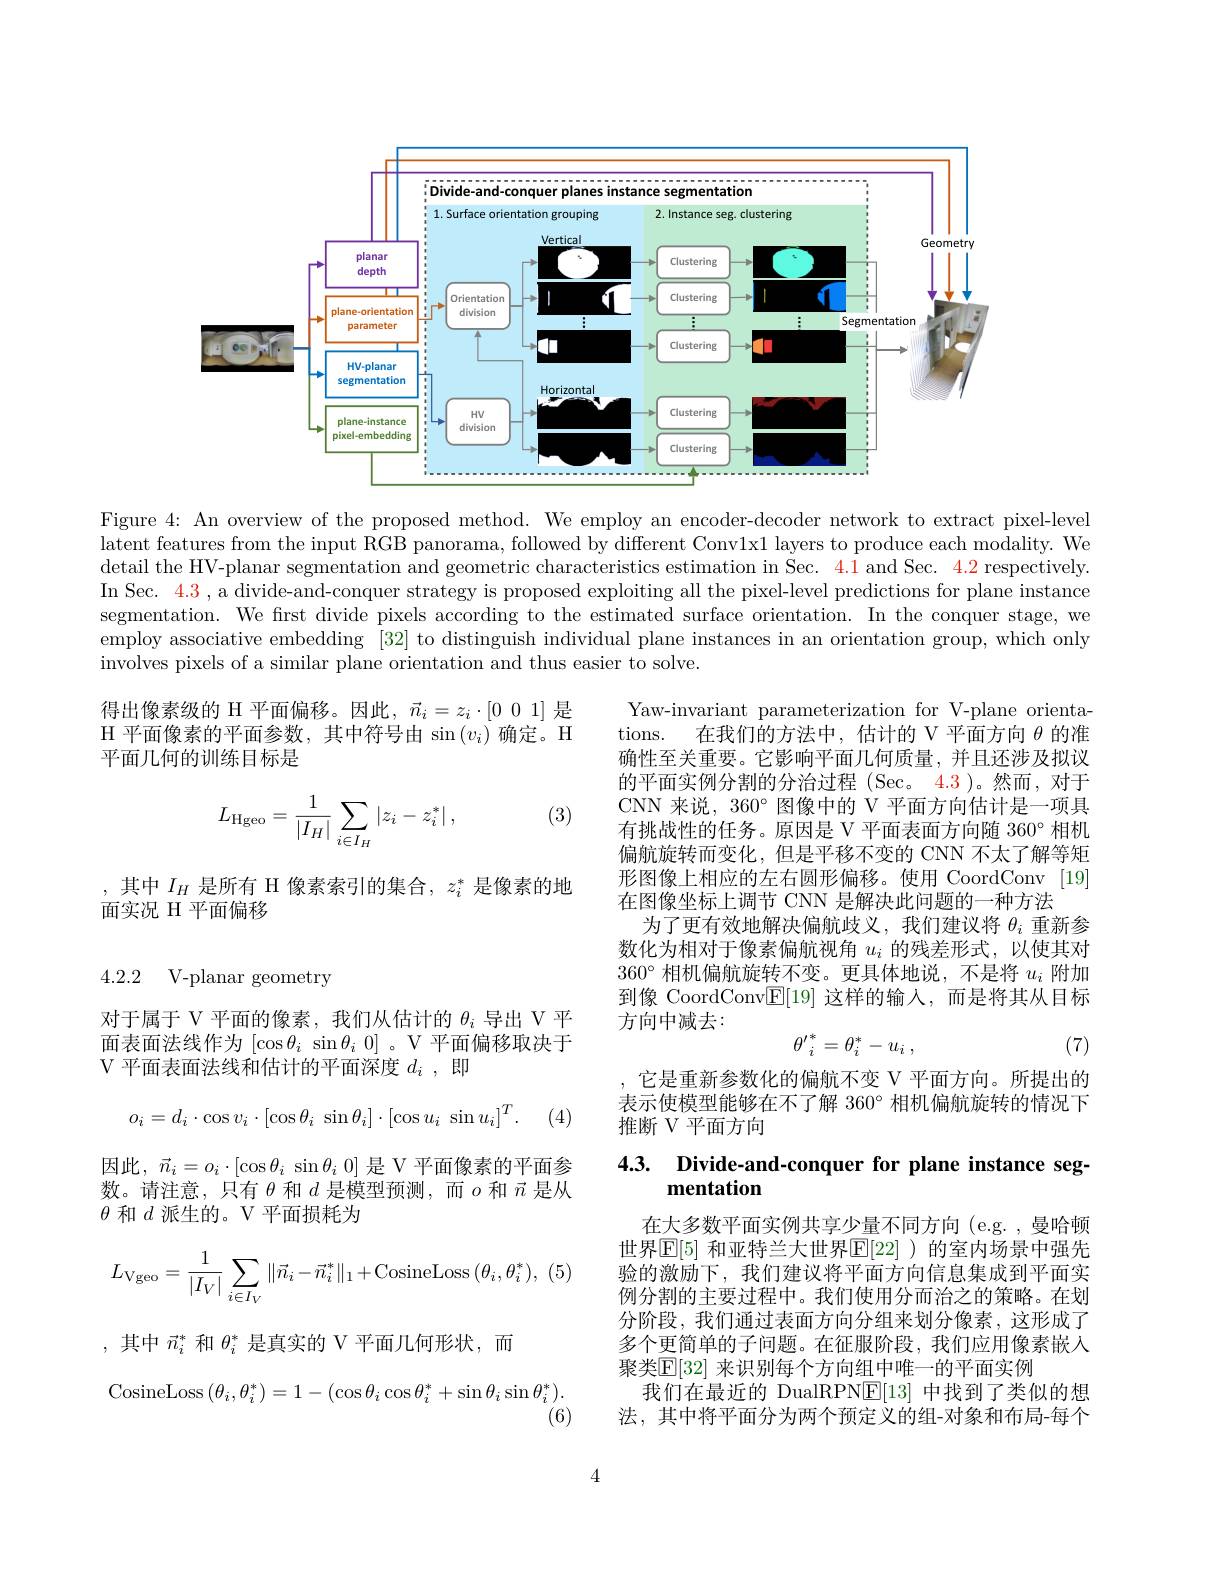
<FigureHere>

Figure 4: An overview of the proposed method. We employ an encoder-decoder network to extract pixel-level latent features from the input RGB panorama, followed by different Conv1x1 layers to produce each modality. We detail the HV-planar segmentation and geometric characteristics estimation in Sec. 4.1 and Sec. 4.2 respectively. In Sec. 4. 3 , a divide- and- conquer strategy is proposed exploiting all the pixel- level predictions for plane instance segmentation. We first divide pixels according to the estimated surface orientation. In the conquer stage, we employ associative embedding [32] to distinguish individual plane instances in an orientation group, which only involves pixels of a similar plane orientation and thus easier to solve.

得出像素级的 H 平面偏移。因此，$\vec{n}_i=z_i\cdot\begin{bmatrix}0&0&1\end{bmatrix}$是

$\mathcal{H}$ 平面像素的平面参数，其中符号由 $\sin\left(v_i\right)$确定。H

平面几何的训练目标是

(3)
$$L_{\text{Hgeo}}=\frac{1}{|I_H|}\sum_{i\in I_H}|z_i-z_i^*|\:,$$
Yaw-invariant parameterization for V-plane orientations. 在我们的方法中，估计的 V 平面方向$\theta$的准确性至关重要。它影响平面几何质量，并且还涉及拟议的平面实例分割的分治过程(Sec。4.3)。然而，对于CNN 来说，360° 图像中的 V 平面方向估计是一项具有挑战性的任务。原因是 V 平面表面方向随 360° 相机偏航旋转而变化，但是平移不变的 CNN 不太了解等矩形图像上相应的左右圆形偏移。使用 CoordConv [19] 在图像坐标上调节 CNN 是解决此问题的一种方法
为了更有效地解决偏航歧义，我们建议将$\theta_i$重新参数化为相对于像素偏航视角$u_i$的残差形式，以使其对$360^{\circ}$相机偏航旋转不变。更具体地说，不是将$u_i$附加到像 CoordConv$\boxed{\mathrm{F}}[19]$这样的输入，而是将其从目标方向中减去：
$${\theta'}_i^*=\theta_i^*-u_i\:,$$
(7)

,其中$I_H$ 是所有 H 像素索引的集合$,z_i^*$ 是像素的地
面实况 H 平面偏移

4.2.2 V-planar geometry

对于属于 V 平面的像素，我们从估计的$\theta_i$导出 V 平面表面法线作为$[\cos\theta_i\sin\theta_i$ 0] 。V 平面偏移取决于V 平面表面法线和估计的平面深度$d_i$,即

,它是重新参数化的偏航不变 V 平面方向。所提出的表示使模型能够在不了解 360°相机偏航旋转的情况下推断 V 平面方向
$$o_i=d_i\cdot\cos v_i\cdot[\cos\theta_i\:\sin\theta_i]\cdot[\cos u_i\:\sin u_i]^T.$$
(4)

# 4.3. Divide-and-conquer for plane instance segmentation

因此，$\vec{n} _i= o_i\cdot [ \cos \theta _i$ $\sin \theta _i$ 0] 是 V 平面像素的平面参数。请注意，只有$\theta$和$d$是模型预测，而$o$和$\vec{n}$是从$\theta$和$d$派生的。V 平面损耗为
$$L_{\mathrm{Vgeo}}=\frac{1}{|I_{V}|}\sum_{i\in I_{V}}\|\vec{n}_{i}-\vec{n}_{i}^{*}\|_{1}+\mathrm{CosineLoss}\:(\theta_{i},\theta_{i}^{*}),$$
在大多数平面实例共享少量不同方向(e.g.,曼哈顿世界$\operatorname{E[5]}$ 和亚特兰大世界$\operatorname{E[22]}$ )的室内场景中强先验的激励下，我们建议将平面方向信息集成到平面实例分割的主要过程中。我们使用分而治之的策略。在划分阶段，我们通过表面方向分组来划分像素，这形成了多个更简单的子问题。在征服阶段，我们应用像素嵌入聚类$\mathbb{E}[32]$ 来识别每个方向组中唯一的平面实例
我们在最近的 DualRPN$\mathbb{E}[13]$中找到了类似的想法，其中将平面分为两个预定义的组-对象和布局-每个

,其中$\vec{n}_i^*$和$\theta_i^*$是真实的 V 平面几何形状，而
$$\text{CosineLoss}\left(\theta_i,\theta_i^*\right)=1-(\cos\theta_i\cos\theta_i^*+\sin\theta_i\sin\theta_i^*).$$
(6)

4